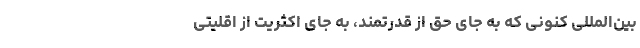
بین‌المللی کنونی که به جای حق از قدرتمند، به جای اکثریت از اقلیتی